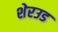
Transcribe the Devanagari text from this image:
शेरउड